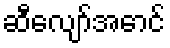
ဆီလျော်အောင်